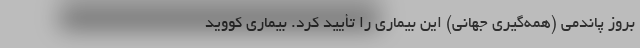
بروز پاندمی (همه‌گیری جهانی) این بیماری را تأیید کرد. بیماری کووید